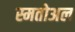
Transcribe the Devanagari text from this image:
स्मतोअल